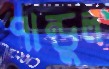
পান্ডুল